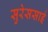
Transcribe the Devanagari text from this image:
सुरेससाई